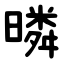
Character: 暽